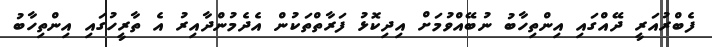
ފެބްރުއަރީ ދޭއްގައި އިންތިހާބު ނުބޭއްވުމަށް އިދިކޮޅު ފަރާތްތަކުން އެދެމުންދާއިރު އެ ތާރީހުގައި އިންތިހާބު